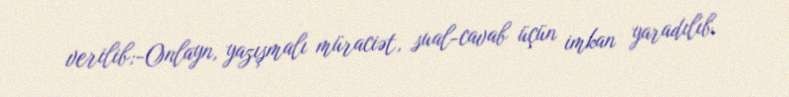
verilib;-Onlayn, yazışmalı müraciət, sual-cavab üçün imkan yaradılıb.